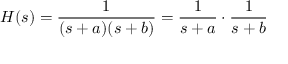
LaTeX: H ( s ) = { \frac { 1 } { ( s + a ) ( s + b ) } } = { \frac { 1 } { s + a } } \cdot { \frac { 1 } { s + b } }